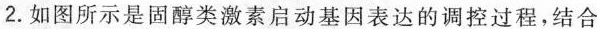
2.如图所示是固醇类激素启动基因表达的调控过程，结合